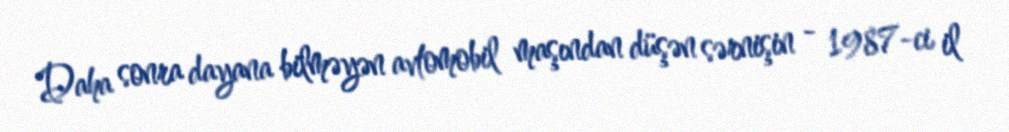
Daha sonra dayana bilməyən avtomobil maşından düşən sərnişin - 1987-ci il